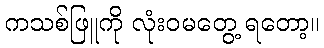
ကသစ်ဖြူကို လုံးဝမတွေ့ ရတော့။